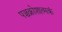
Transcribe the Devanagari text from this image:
पञ्चक्रोशात्मकं